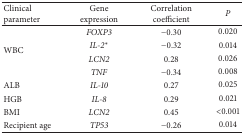
| Clinical parameter | Gene expression | Correlation coefficient | P |
 | --- | --- | --- | --- |
 | <ROWSPAN=4> WBC | FOXP3 | −0.30 | 0.020 |
 | IL-2∗ | −0.32 | 0.014 |
 | LCN2 | 0.28 | 0.026 |
 | TNF | −0.34 | 0.008 |
 | ALB | IL-10 | 0.27 | 0.025 |
 | HGB | IL-8 | 0.29 | 0.021 |
 | BMI | LCN2 | 0.45 | <0.001 |
 | Recipient age | TP53 | −0.26 | 0.014 |